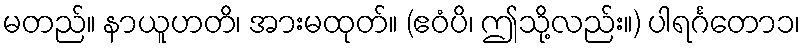
မတည်။ နာယူဟတိ၊ အားမထုတ်။ (ဧဝံပိ၊ ဤသို့လည်း။) ပါရင်္ဂတော၁၊